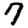
Digit: 7